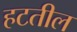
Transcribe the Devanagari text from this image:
हटतील